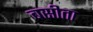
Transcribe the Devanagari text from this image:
बसीता